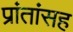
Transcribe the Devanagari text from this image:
प्रांतांसह